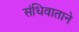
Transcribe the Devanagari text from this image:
संधिवाताने